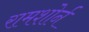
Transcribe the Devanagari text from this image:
रामशोर्न